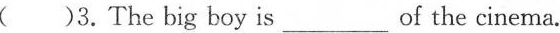
( )3.The big boy is___ of the cinema.